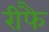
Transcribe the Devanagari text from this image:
रीफै